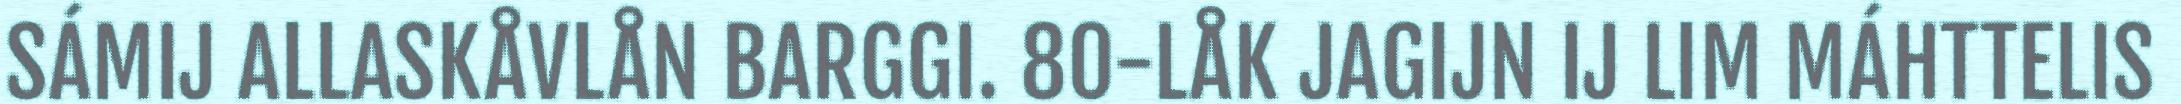
SÁMIJ ALLASKÅVLÅN BARGGI. 80-LÅK JAGIJN IJ LIM MÁHTTELIS